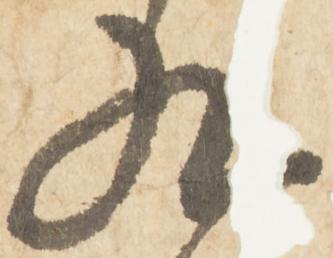
九